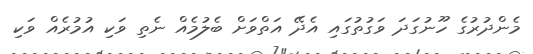
މެންދުރުގެ ހޫނުގަދަ ވަގުތުގައި އެދޭ އަތްވަށް ބެލުމެއް ނެތި ވަކި އުމުރެއް ވަކި